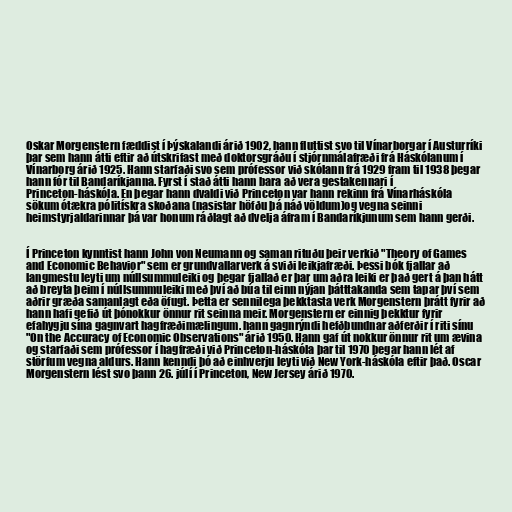
Oskar Morgenstern fæddist í Þýskalandi árið 1902, hann fluttist svo til Vínarborgar í Austurríki
þar sem hann átti eftir að útskrifast með doktorsgráðu í stjórnmálafræði frá Háskólanum í
Vínarborg árið 1925. Hann starfaði svo sem prófessor við skólann frá 1929 fram til 1938 þegar
hann fór til Bandaríkjanna. Fyrst í stað átti hann bara að vera gestakennari í
Princeton-háskóla. En þegar hann dvaldi við Princeton var hann rekinn frá Vínarháskóla
sökum ótækra pólitískra skoðana (nasistar höfðu þá náð völdum)og vegna seinni
heimstyrjaldarinnar þá var honum ráðlagt að dvelja áfram í Bandaríkjunum sem hann gerði.

Í Princeton kynntist hann John von Neumann og saman rituðu þeir verkið "Theory of Games
and Economic Behavior" sem er grundvallarverk á sviði leikjafræði. Þessi bók fjallar að
langmestu leyti um núllsummuleiki og þegar fjallað er þar um aðra leiki er það gert á þan hátt
að breyta þeim í núllsummuleiki með því að búa til einn nýjan þátttakanda sem tapar því sem
aðrir græða samanlagt eða öfugt. Þetta er sennilega þekktasta verk Morgenstern þrátt fyrir að
hann hafi gefið út þónokkur önnur rit seinna meir. Morgenstern er einnig þekktur fyrir
efahygju sína gagnvart hagfræðimælingum. hann gagnrýndi hefðbundnar aðferðir í riti sínu
"On the Accuracy of Economic Observations" árið 1950. Hann gaf út nokkur önnur rit um ævina
og starfaði sem prófessor í hagfræði við Princeton-háskóla þar til 1970 þegar hann lét af
störfum vegna aldurs. Hann kenndi þó að einhverju leyti við New York-háskóla eftir það. Oscar
Morgenstern lést svo þann 26. júlí í Princeton, New Jersey árið 1970.